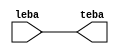
module testato(leba , teba);

input leba;
output teba;

assign teba=leba;

endmodule